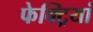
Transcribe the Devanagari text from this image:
फेक्ट्रियां